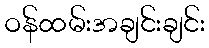
ဝန်ထမ်းအချင်းချင်း